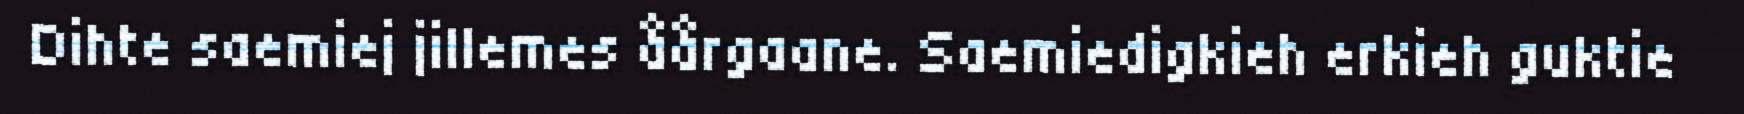
Dihte saemiej jillemes åårgaane. Saemiedigkieh erkieh guktie